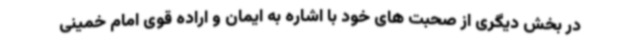
در بخش دیگری از صحبت های خود با اشاره به ایمان و اراده قوی امام خمینی